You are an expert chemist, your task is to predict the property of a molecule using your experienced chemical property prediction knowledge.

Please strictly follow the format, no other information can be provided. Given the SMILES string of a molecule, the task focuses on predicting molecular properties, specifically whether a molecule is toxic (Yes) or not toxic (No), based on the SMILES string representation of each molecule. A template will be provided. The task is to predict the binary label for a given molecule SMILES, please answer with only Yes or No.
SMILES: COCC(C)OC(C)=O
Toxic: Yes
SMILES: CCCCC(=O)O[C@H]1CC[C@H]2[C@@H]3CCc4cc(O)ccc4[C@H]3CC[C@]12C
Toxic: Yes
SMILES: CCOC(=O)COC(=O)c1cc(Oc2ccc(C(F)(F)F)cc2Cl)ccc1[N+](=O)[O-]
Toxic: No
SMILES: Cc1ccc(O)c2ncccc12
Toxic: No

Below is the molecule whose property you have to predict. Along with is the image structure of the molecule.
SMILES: COc1ccc(CO)cc1
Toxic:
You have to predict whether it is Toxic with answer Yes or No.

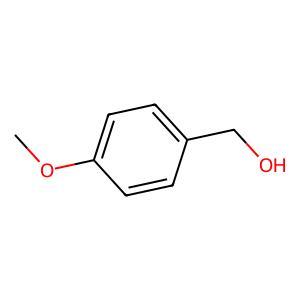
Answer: No